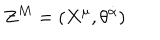
Z ^ { M } = ( X ^ { \mu } , \theta ^ { \dot { \alpha } } )